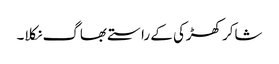
شاکر کھڑکی کے راستے بھاگ نکلا۔